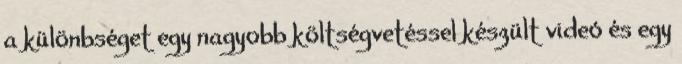
a különbséget egy nagyobb költségvetéssel készült videó és egy